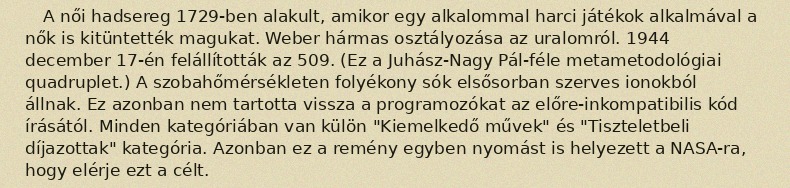
A női hadsereg 1729-ben alakult, amikor egy alkalommal harci játékok alkalmával a nők is kitüntették magukat. Weber hármas osztályozása az uralomról. 1944 december 17-én felállították az 509. (Ez a Juhász-Nagy Pál-féle metametodológiai quadruplet.) A szobahőmérsékleten folyékony sók elsősorban szerves ionokból állnak. Ez azonban nem tartotta vissza a programozókat az előre-inkompatibilis kód írásától. Minden kategóriában van külön "Kiemelkedő művek" és "Tiszteletbeli díjazottak" kategória. Azonban ez a remény egyben nyomást is helyezett a NASA-ra, hogy elérje ezt a célt.